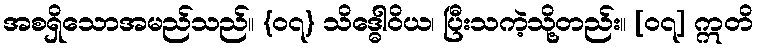
အစရှိသောအမည်သည်။ {၀၇} သိဒ္ဓေါဝိယ၊ ပြီးသကဲ့သို့တည်း။ [၀၇] ဣတိ